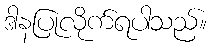
ဒါနပြုလိုက်ရပါသည်။